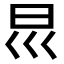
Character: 𡿯